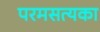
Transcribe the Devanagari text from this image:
परमसत्यका